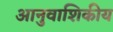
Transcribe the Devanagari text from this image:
आनुवाशिकीय